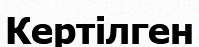
Кертілген